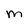
Character: m